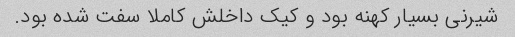
شیرنی بسیار کهنه بود و کیک داخلش کاملا سفت شده بود.